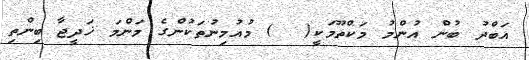
އަބްދު ބުން އުންމު މަކްތޫމަކީ(  ) މުއުމިނުތަކުންގެ މަންމަ ޚަދީޖާ ބިންތި